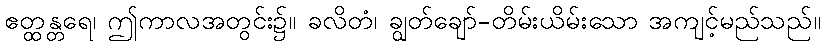
ဧတ္ထန္တရေ၊ ဤကာလအတွင်း၌။ ခလိတံ၊ ချွတ်ချော်-တိမ်းယိမ်းသော အကျင့်မည်သည်။